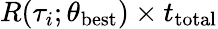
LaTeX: R(\tau_{i};\theta_{\textrm{best}})\times t_{\textrm{total}}